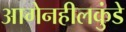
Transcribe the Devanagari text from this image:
आगेनहीलकुंडे